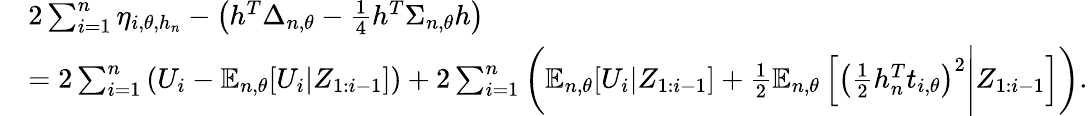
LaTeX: \begin{array}{rl}&{2\sum_{i=1}^{n}\eta_{i,\theta,h_{n}}-\left(h^{T}\Delta_{n,\theta}-\frac 14h^{T}\Sigma_{n,\theta}h\right)}\\ &{=2\sum_{i=1}^{n}\left(U_{i}-{\mathbb E}_{n,\theta}[U_{i}|Z_{1:i-1}]\right)+2\sum_{i=1}^{n}\left({\mathbb E}_{n,\theta}[U_{i}|Z_{1:i-1}]+\frac 12{\mathbb E}_{n,\theta}\left[\left(\frac 12h_{n}^{T}t_{i,\theta}\right)^{2}\Bigg|Z_{1:i-1}\right]\right).}\end{array}